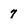
Character: 7